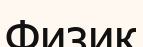
Физик